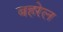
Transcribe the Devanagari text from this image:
बहरेल